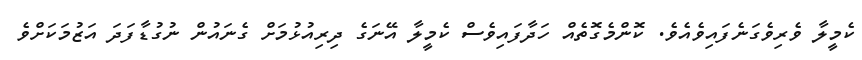
ކެމީލާ ވެރިވެގަނެފައިވެއެވެ. ކޮންމެގޮތެއް ހަދާފައިވެސް ކެމީލާ އޭނަގެ ދިރިއުޅުމަށް ގެނައުން ނުގުޑާފަދަ އަޒުމަކަށްވެ